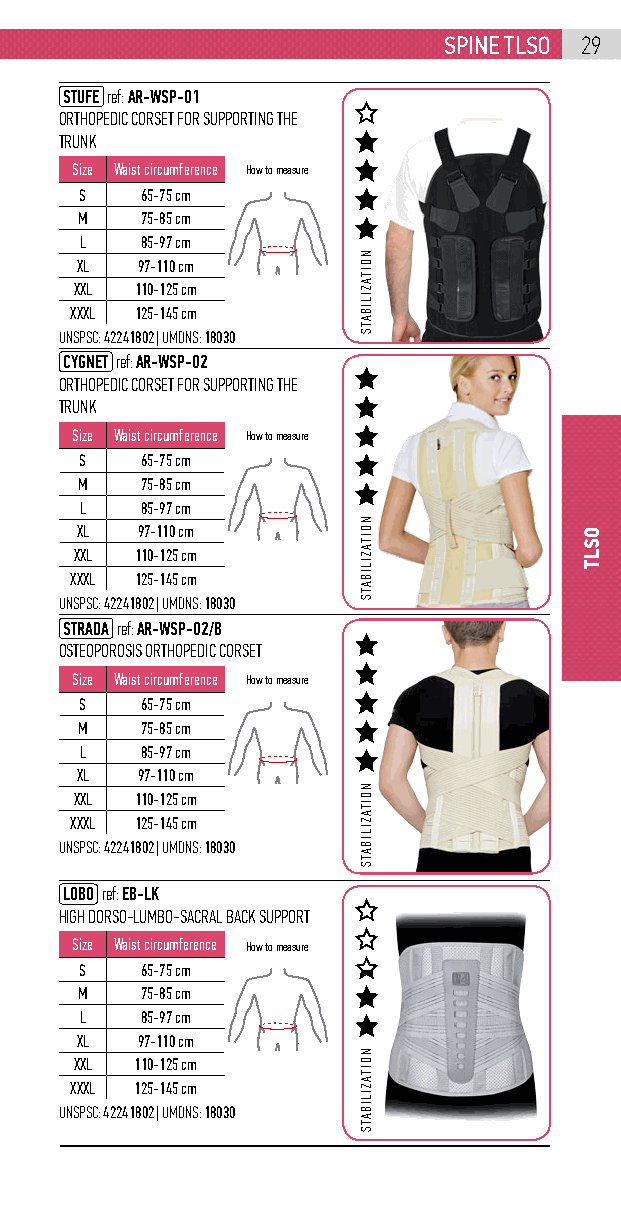
spinE tlso 29
 STUFE ref: AR-WSP-01
 ORTHOPEDIC CORSET FOR SUPPORTING THE
 TRUNK
 Size Waist circumference How to measure
 S   65-75 cm
 M   75-85 cm
 L   85-97 cm
 XL  97-110 cm
 XXL 110-125 cm
 XXXL 125-145 cm
 UNSPSC: 42241802 | UMDNS: 18030
 CYGNET ref: AR-WSP-02
 ORTHOPEDIC CORSET FOR SUPPORTING THE
 TRUNK
 Size Waist circumference How to measure
 S   65-75 cm
 M   75-85 cm
 L   85-97 cm
 XL  97-110 cm
 XXL 110-125 cm
 XXXL 125-145 cm
 UNSPSC: 42241802 | UMDNS: 18030
 STRADA ref: AR-WSP-02/B
 OSTEOPOROSIS ORTHOPEDIC CORSET
 Size Waist circumference How to measure
 S   65-75 cm
 M   75-85 cm
 L   85-97 cm
 XL  97-110 cm
 XXL 110-125 cm
 XXXL 125-145 cm
 UNSPSC: 42241802 | UMDNS: 18030
 LOBO ref: EB-LK
 HIGH DORSO-LUMBO-SACRAL BACK SUPPORT
 Size Waist circumference How to measure
 S   65-75 cm
 M   75-85 cm
 L   85-97 cm
 XL  97-110 cm
 XXL 110-125 cm
 XXXL 125-145 cm
 UNSPSC: 42241802 | UMDNS: 18030
 NOITAZILIBATS
 NOITAZILIBATS
 NOITAZILIBATS
 NOITAZILIBATS
 OSLT